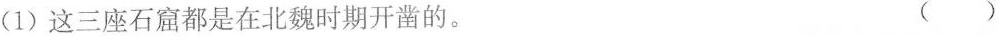
(1)这三座石窟都是在北魏时期开凿的。 ()